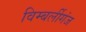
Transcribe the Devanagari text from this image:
विम्बर्लीगंज